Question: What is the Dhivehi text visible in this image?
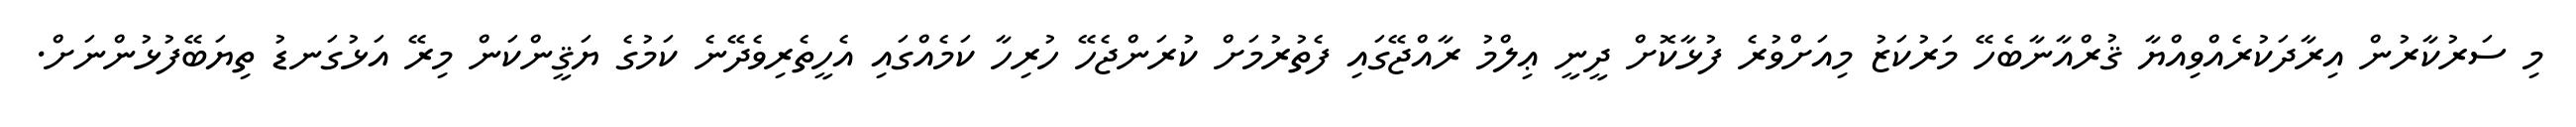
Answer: މި ސަރުކާރުން އިރާދަކުރެއްވިއްޔާ ޤުރްއާނާބެހޭ މަރުކަޒު މިއަށްވުރެ ފުޅާކޮށް ދީނީ ޢިލްމު ރާއްޖޭގައި ފެތުރުމަށް ކުރަންޖެހޭ ހުރިހާ ކަމެއްގައި އެހީތެރިވެދޭނެ ކަމުގެ ޔަޤީންކަން މިރޭ އަޅުގަނޑު ތިޔަބޭފުޅުންނަށް.